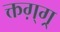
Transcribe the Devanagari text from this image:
क्तग़्ग्र्